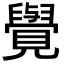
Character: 𮗜